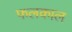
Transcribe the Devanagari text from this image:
फलकाल